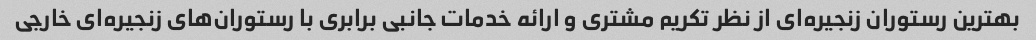
بهترین رستوران زنجیره‌ای از نظر تکریم مشتری و ارائه خدمات جانبی برابری با رستوران‌های زنجیره‌ای خارجی